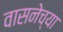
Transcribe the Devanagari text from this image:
वासनेच्या